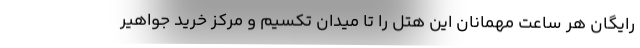
رایگان هر ساعت مهمانان این هتل را تا میدان تکسیم و مرکز خرید جواهیر